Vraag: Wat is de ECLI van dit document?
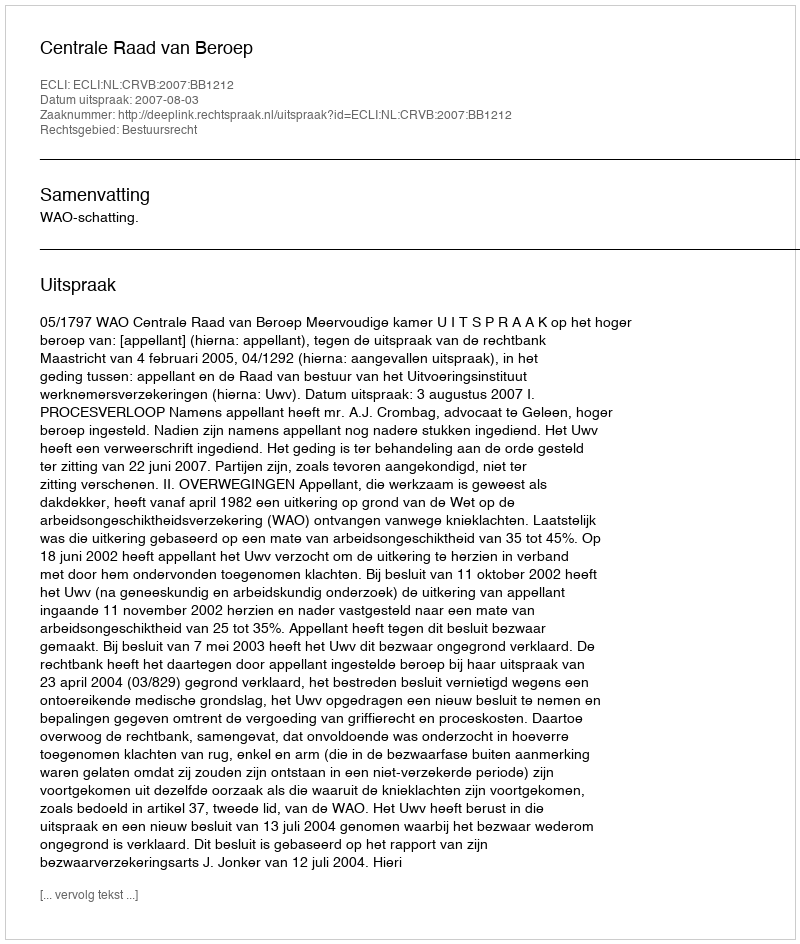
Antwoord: ECLI:NL:CRVB:2007:BB1212